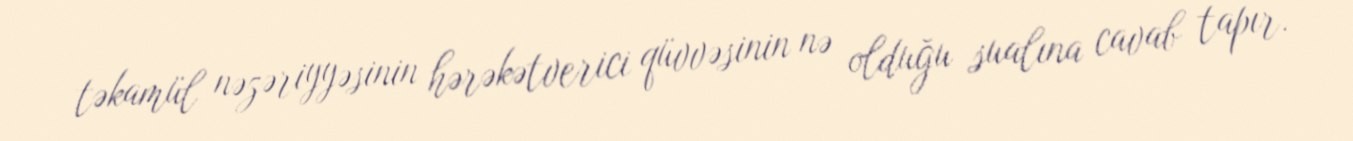
təkamül nəzəriyyəsinin hərəkətverici qüvvəsinin nə olduğu sualına cavab tapır.